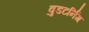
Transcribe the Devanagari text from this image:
वुडटर्निंग